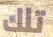
تلك